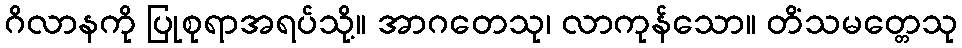
ဂိလာနကို ပြုစုရာအရပ်သို့။ အာဂတေသု၊ လာကုန်သော။ တိံသမတ္တေသု